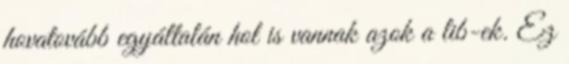
hovatovább egyáltalán hol is vannak azok a lib-ek. Ez